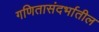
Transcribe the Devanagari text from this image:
गणितासंदर्भातील